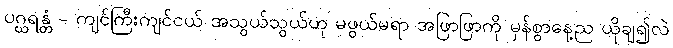
ပဂ္ဃရန္တံ - ကျင်ကြီးကျင်ငယ် အသွယ်သွယ်ဟု မဖွယ်မရာ အဖြာဖြာကို မှန်စွာနေ့ည ယိုချ၍လဲ